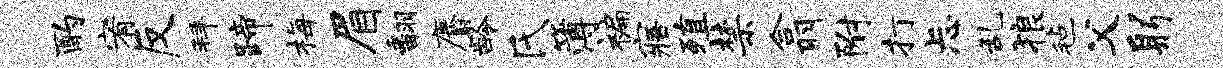
酌宥反拜蹄梅眉翻麝龄氏簿褊寤殖禁翕附打忐乱狼毡父躬